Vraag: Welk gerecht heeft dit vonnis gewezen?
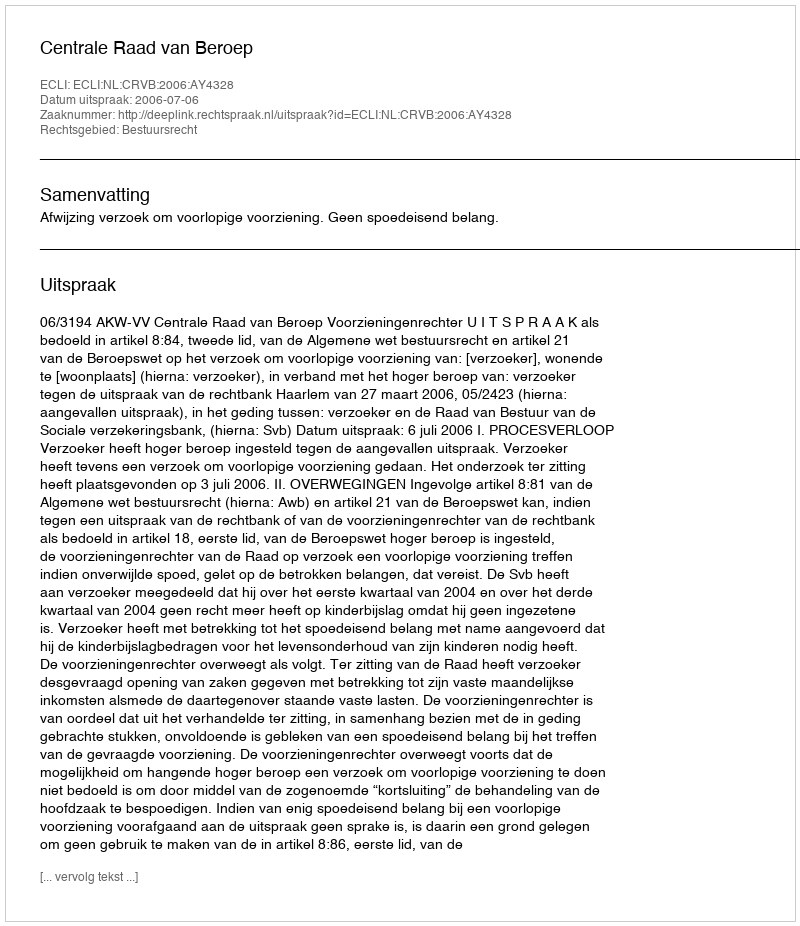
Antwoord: Centrale Raad van Beroep